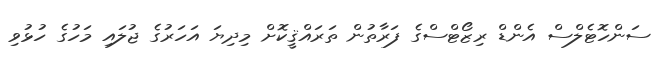
ސަންހޮޓެލްސް އެންޑް ރިޒޯޓްސްގެ ފަރާތުން ތަރައްޤީކޮށް މިދިޔަ އަހަރުގެ ޖުލައި މަހުގެ ހުޅުވި